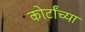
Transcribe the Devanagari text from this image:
कोर्टांच्या